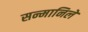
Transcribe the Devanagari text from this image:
सन्मानिले